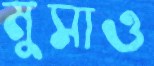
মুসাও